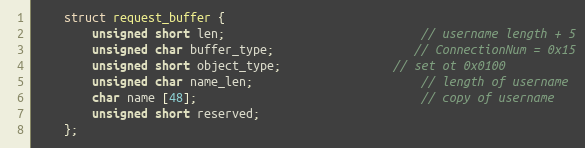
Language: C++
	struct request_buffer {
		unsigned short len;							// username length + 5
		unsigned char buffer_type;					// ConnectionNum = 0x15
		unsigned short object_type;				// set ot 0x0100
		unsigned char name_len;						// length of username
		char name [48];								// copy of username
		unsigned short reserved;
	};